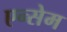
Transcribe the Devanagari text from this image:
एन्सेम